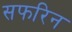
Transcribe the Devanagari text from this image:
सफरिन